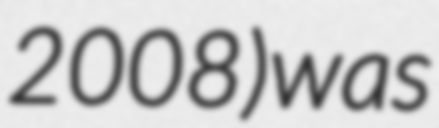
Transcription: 2008) was